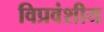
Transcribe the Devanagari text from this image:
विप्रवंशीय